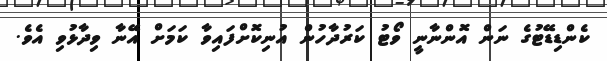
ކެންޑިޑޭޓުގެ ނަން އޮންނާނީ ވޯޓު ކަރުދާހުން އުނިކޮށްފައިވާ ކަމަށް އޭނާ ވިދާޅުވި އެވެ.